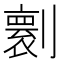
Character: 𠟼